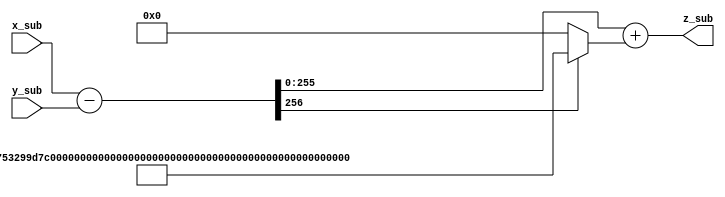
module modular_substraction_256(
    input  [256-1:0] x_sub,
    input  [256-1:0] y_sub,
    output [256-1:0] z_sub
    );

    parameter M = 256'h 73eda753299d7d483339d80809a1d80553bda402fffe5bfeffffffff00000001;

    wire [256-1:0] q;
    wire c;
    wire [256-1:0] d;
    wire b;

    assign {b,d} = x_sub - y_sub;
    assign  q = (b == 1)? M : 0;
    assign {c,z_sub} = d + q;

endmodule